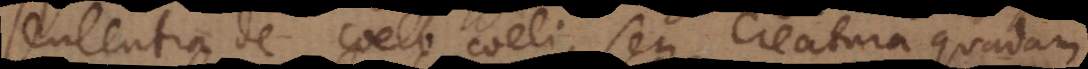
sententia de coelo coeli, seu creatura quadam